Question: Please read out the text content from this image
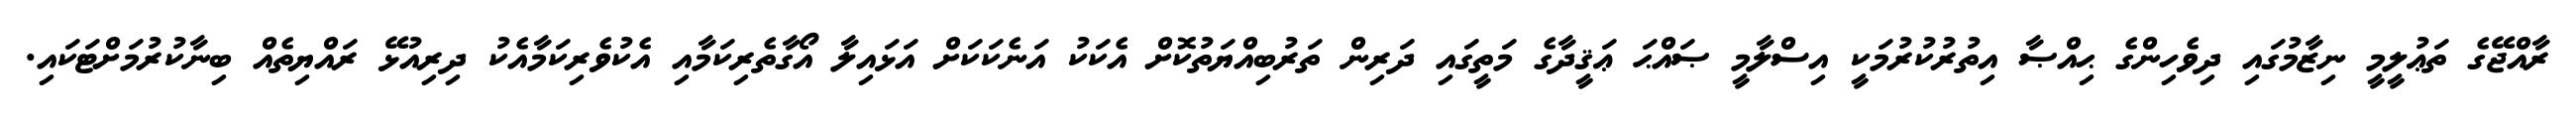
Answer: ރާއްޖޭގެ ތަޢުލީމީ ނިޒާމުގައި ދިވެހިންގެ ޙިއްޞާ އިތުރުކުރުމަކީ އިސްލާމީ ޞައްޙަ ޢަޤީދާގެ މަތީގައި ދަރިން ތަރުބިއްޔަތުކޮށް އެކަކު އަނެކަކަށް އަޅައިލާ އޯގާތެރިކަމާއި އެކުވެރިކަމާއެކު ދިރިއުޅޭ ރައްޔިތެއް ބިނާކުރުމަށްޓަކައި.